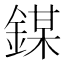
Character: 𨪀